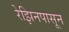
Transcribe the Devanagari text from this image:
रेझिनपासून